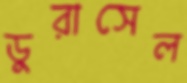
ডুরাসেল